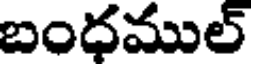
బంధముల్